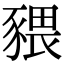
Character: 𧱨